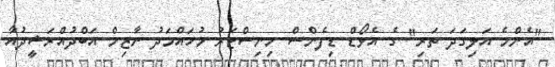
"އެންމެ އަލިގަދަ ތަރި" ގެ އެވޯޑް ޑިފެންސް މިނިސްޓަރު މުހައްމަދު ނާޒިމް އަބްދުއްރަޝީދުއާ